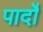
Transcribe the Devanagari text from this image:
पार्दो